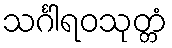
သင်္ဂါရဝသုတ္တံ